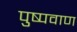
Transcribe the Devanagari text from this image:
पुष्पवाण